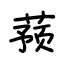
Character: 蓣